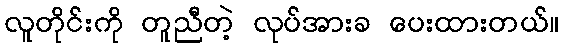
လူတိုင်းကို တူညီတဲ့ လုပ်အားခ ပေးထားတယ်။